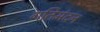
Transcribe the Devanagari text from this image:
गतिमंदन